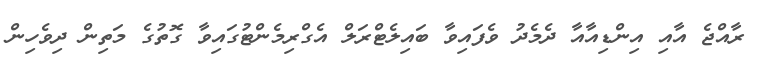
ރާއްޖެ އާއި އިންޑިއާއާ ދެމެދު ވެފައިވާ ބައިލެޓްރަލް އެގްރިމެންޓުގައިވާ ގޮތުގެ މަތިން ދިވެހިން